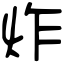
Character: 炸